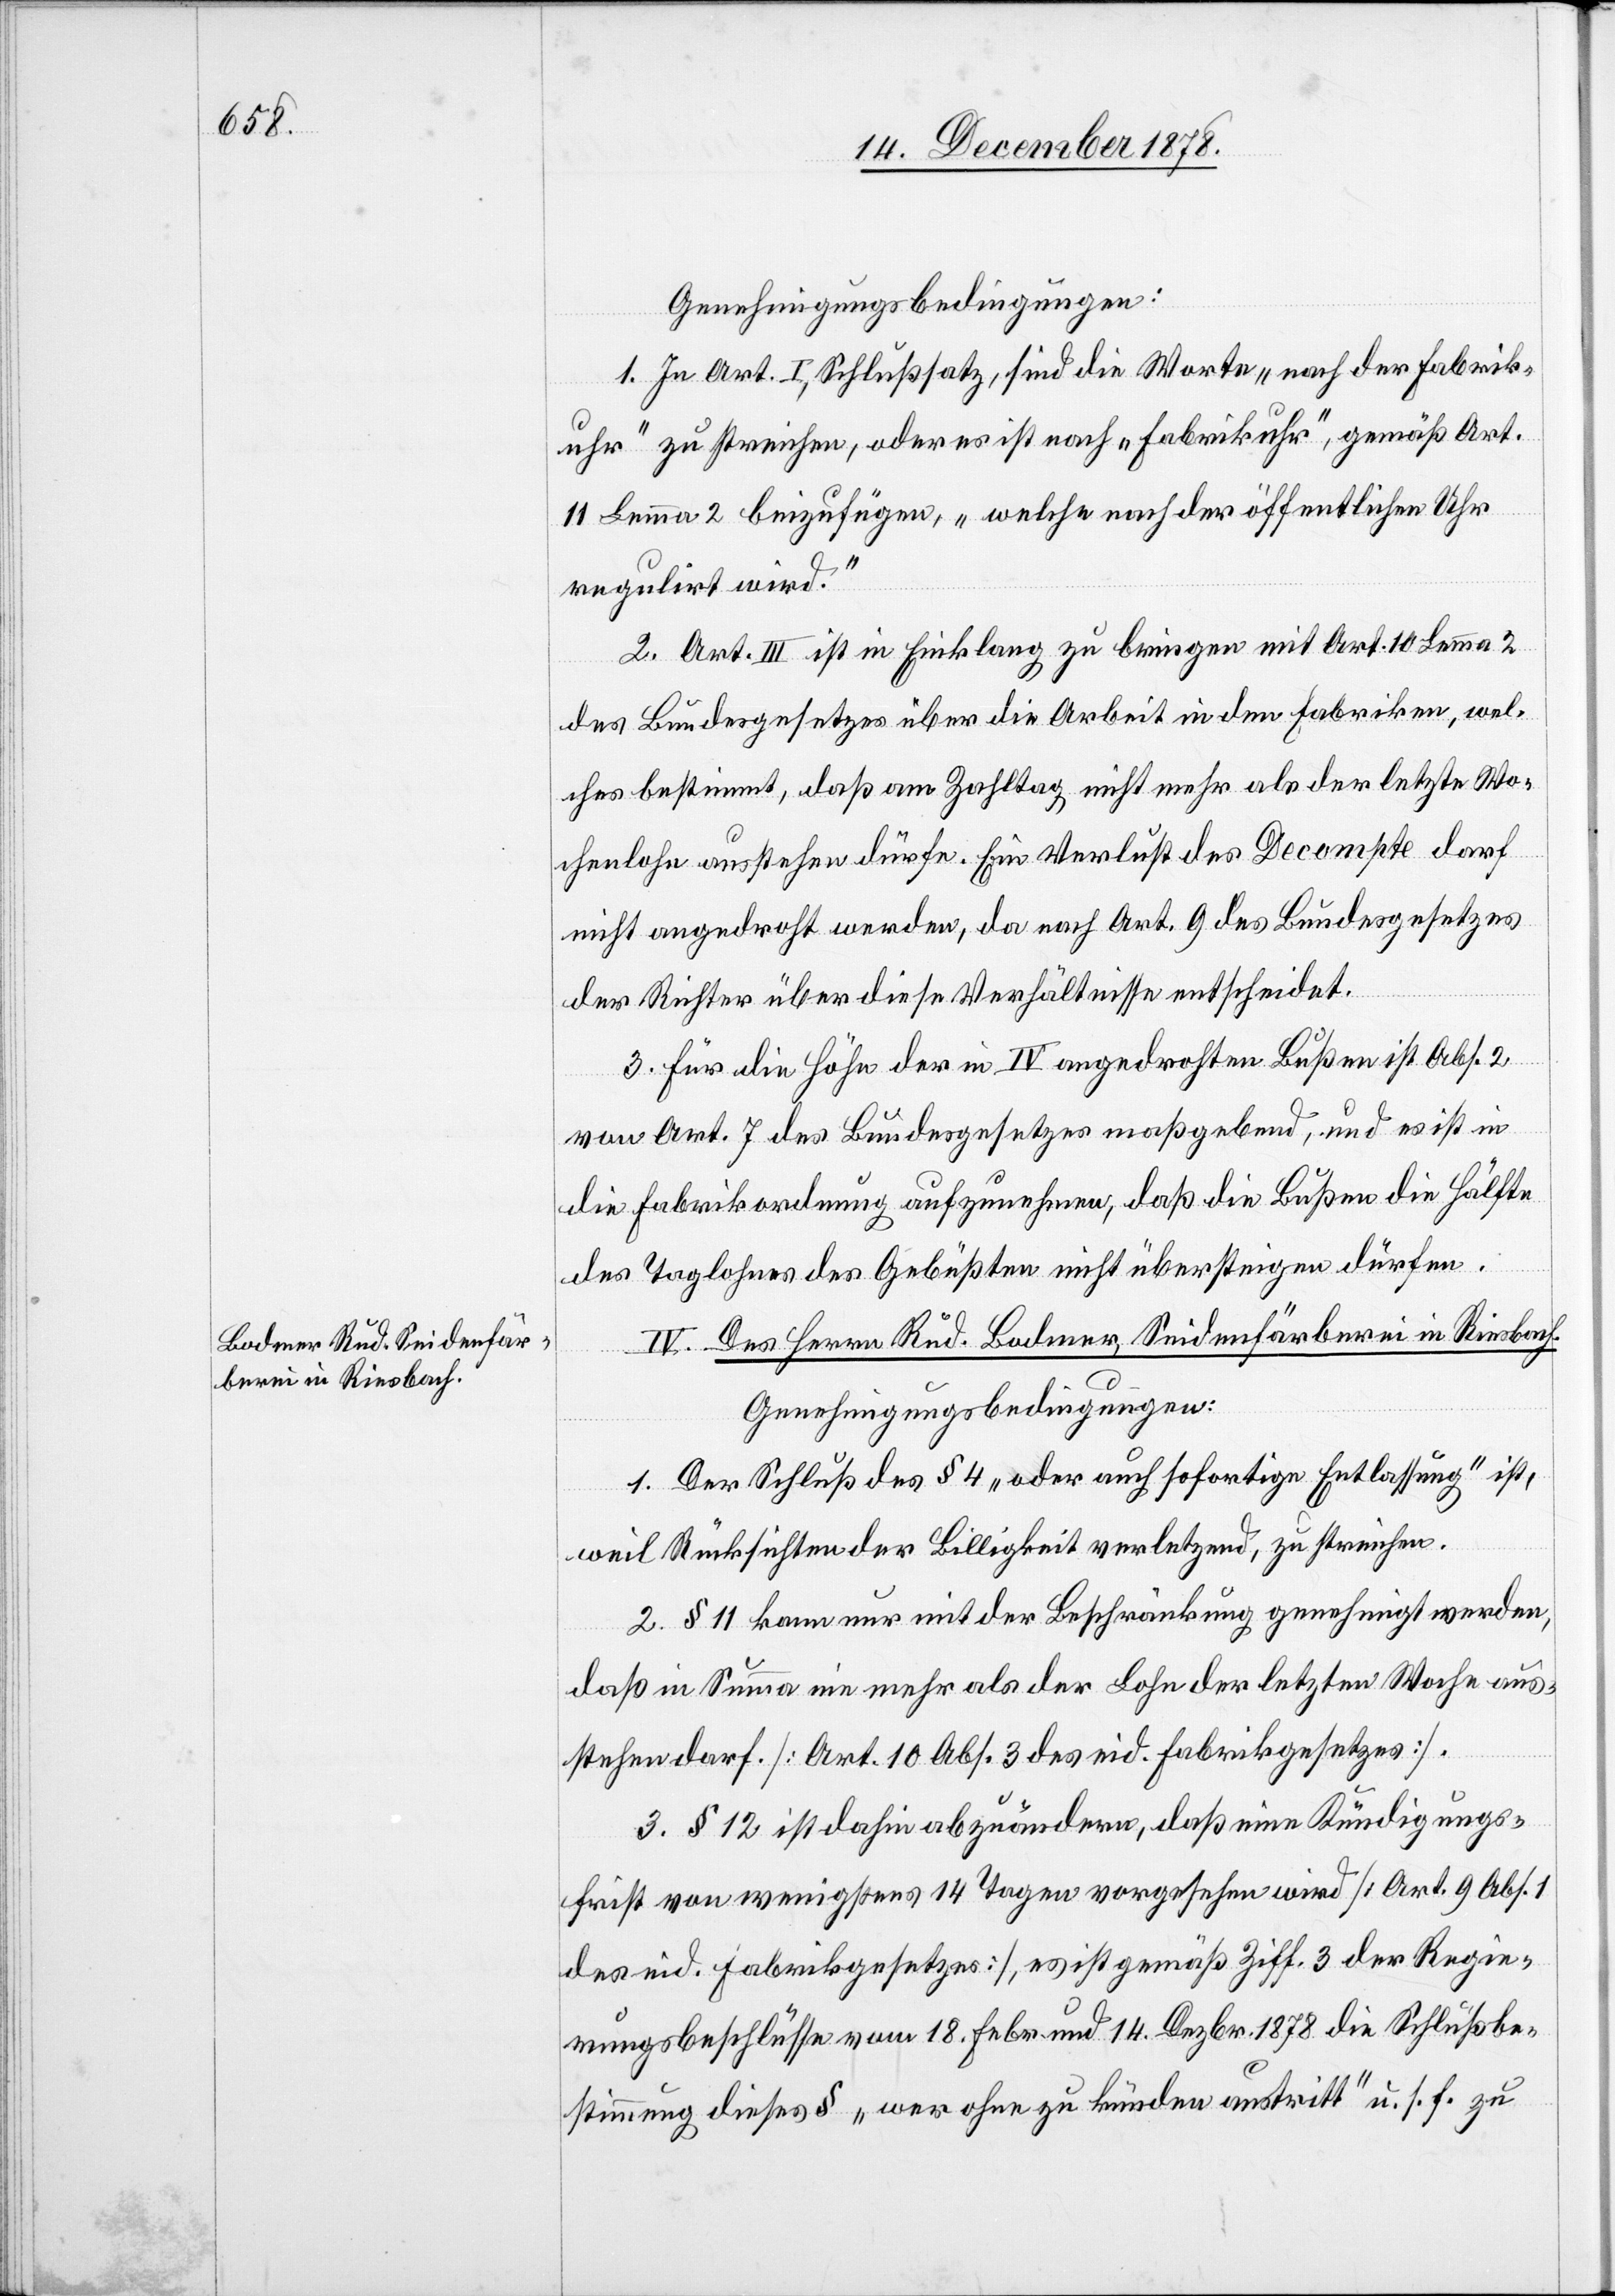
Genehmigungsbedingungen:
1. In Art. I, Schlußsatz, sind die Worte „nach der Fabrik¬
uhr“ zu streichen, oder es ist nach „Fabrikuhr“, gemäß Art.
11 Lemma 2 beizufügen, „welche nach der öffentlichen Uhr
regulirt wird.“
2. Art. III ist in Einklang zu bringen mit Art. 10 Lemma 2
des Bundesgesetzes über die Arbeit in den Fabriken, wel¬
ches bestimmt, daß am Zahltag nicht mehr als der letzte Wo¬
chenlohn ausstehen dürfe. Ein Verlust des Décompte darf
nicht angedroht werden, da nach Art. 9 des Bundesgesetzes
der Richter über diese Verhältnisse entscheidet.
3. Für die Löhne der in IV angedrohten Bußen ist Abs. 2
von Art. 7 des Bundesgesetzes maßgebend, und es ist in
die Fabrikordnung aufzunehmen, daß die Bußen die Hälfte
des Taglohnes des Gebüßten nicht übersteigen dürfen.
IV. Des Herrn Rud. Bodmer, Seidenfärberei in Riesbach.
Genehmigungsbedingungen:
1. Der Schluß des § 4 „oder auch sofortige Entlassung“ ist,
weil Rücksichten der Billigkeit verletzend, zu streichen.
2. § 11 kann nur mit der Beschränkung genehmigt werden,
daß in Summa nie mehr als der Lohn der letzten Woche aus¬
stehen darf. [Art. 10 Abs. 3 des eid. Fabrikgesetzes].
3. § 12 ist dahin abzuändern, daß eine Kündigungs¬
frist von wenigstens 14 Tagen vorgesehen wird [Art. 9 Abs.
des eid. Fabrikgesetzes], es ist gemäß Ziff. 3 der Regie¬
rungsbeschlüsse vom 18. Febr. und 14. Dezbr. 1878 die Schlußbe¬
stimmung dieses § „wer ohne zu künden austritt“ u. s. f. zu